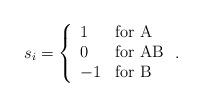
LaTeX: \begin{align*}s_i=\left\{ \begin{array}{ll} 1 & \mbox{for A}\\ 0 & \mbox{for AB}\\ -1 & \mbox{for B} \end{array} \right. .\end{align*}